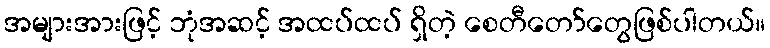
အများအားဖြင့် ဘုံအဆင့် အထပ်ထပ် ရှိတဲ့ စေတီတော်တွေဖြစ်ပါတယ်။